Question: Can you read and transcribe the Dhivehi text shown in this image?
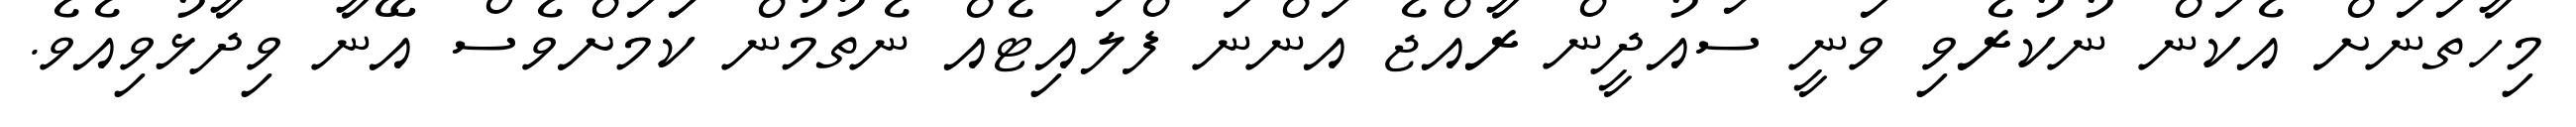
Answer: މިހާތަނަށް އެކަން ނުކުރެވި ވަނީ ސައުދީން ރާއްޖެ އަންނަ ފްލައިޓެއް ނެތުމުން ކަަމަށްވެސް އޭނާ ވިދާޅުވިއެވެ.